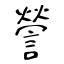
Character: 謍